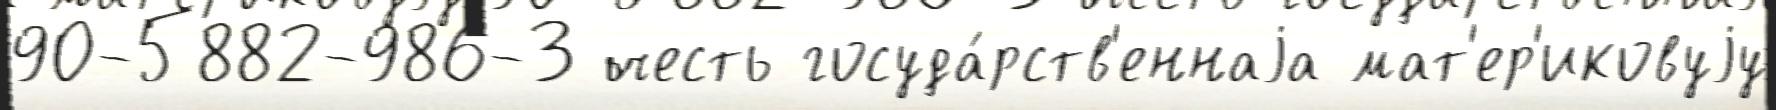
90-5882-986-3 честь госуда́рств'еннаjа мат'ер'иковуjу